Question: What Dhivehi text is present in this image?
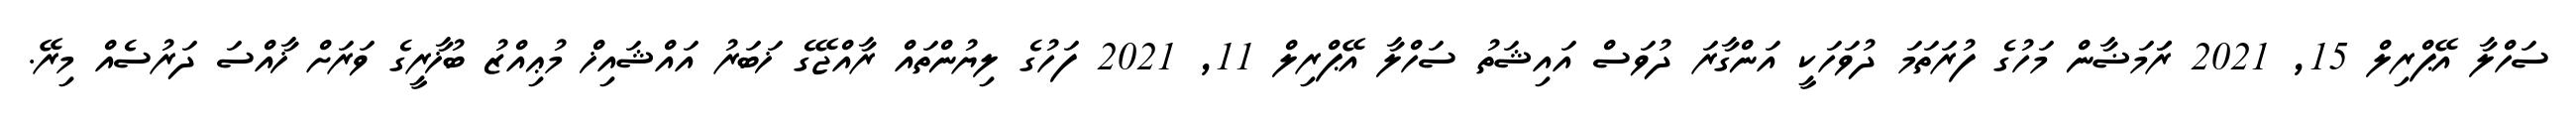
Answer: ސަހްލާ އޭޕްރިލް 15, 2021 ރަަމަޟާން މަހުގެ ފުރަތަމަ ދުވަހަކީ އަންގާރަ ދުވަސް އައިޝަތު ސަހްލާ އޭޕްރިލް 11, 2021 ފަހުގެ ލިޔުންތައް ރާއްޖޭގެ ޚަބަރު އައްޝައިޚް މުޢިއްޒު ބުޚާރީގެ ވަރަށް ޚާއްސަ ދަރުސެއް މިރޭ.